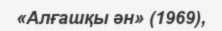
«Алғашқы ән» (1969),